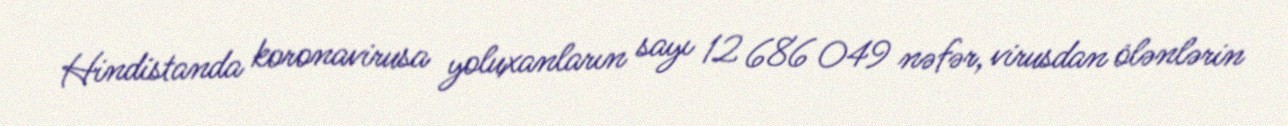
Hindistanda koronavirusa yoluxanların sayı 12 686 049 nəfər, virusdan ölənlərin